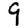
Digit: 9